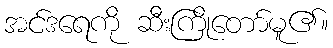
အင်ဒရေကို ဆီးကြိုတော်မူ၏။